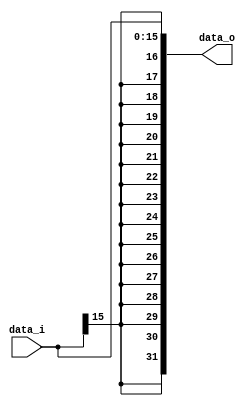
//Subject:     CO project 3 - Sign extend
//--------------------------------------------------------------------------------
//Version:     1
//--------------------------------------------------------------------------------
//Writer:      0616077 0616091
//----------------------------------------------
//----------------------------------------------
//Description: 
//--------------------------------------------------------------------------------

module Sign_Extend(
    data_i,
    data_o
    );
               
//I/O ports
input   [16-1:0] data_i;
output  [32-1:0] data_o;

//Internal Signals


//Sign extended
assign data_o = {{16{data_i[16-1]}}, data_i};

endmodule